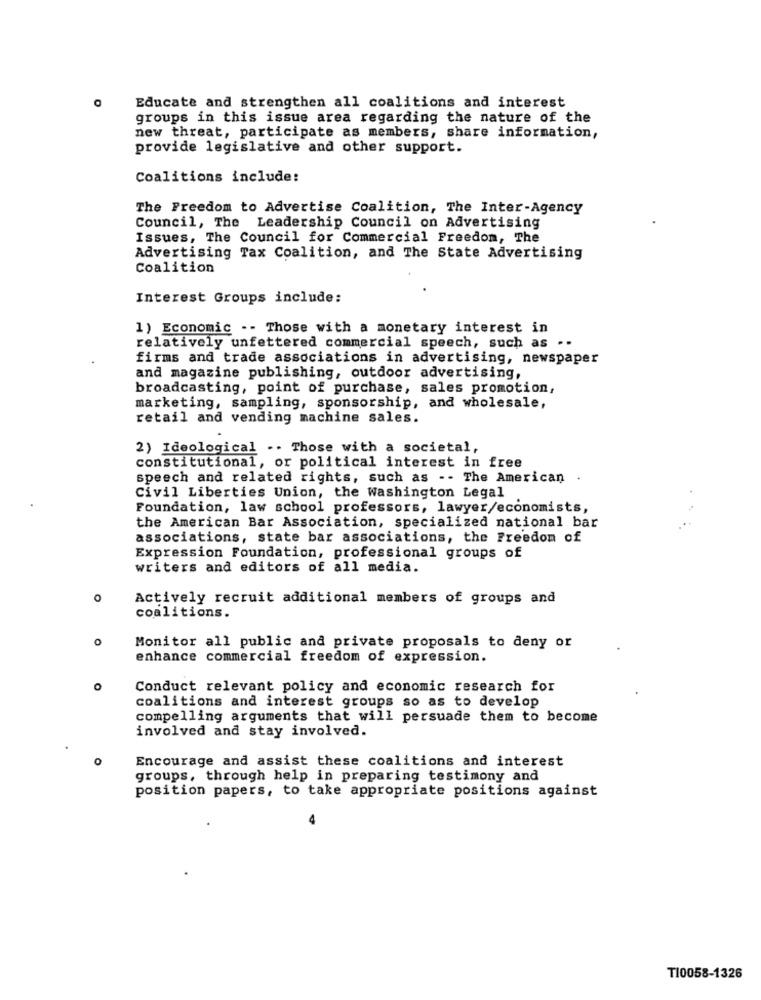
O
Educate and strengthen all coalitions and interest
groups in this issue area regarding the nature of the
new threat, participate as members, share information,
provide legislative and other support.
Coalitions include:
The Freedom to Advertise Coalition, The Inter-Agency
Council, The Leadership Council on Advertising
Issues, The Council for Commercial Freedom, The
Advertising Tax Coalition, and The State Advertising
Coalition
Interest Groups include:
1) Economic -- Those with a monetary interest in
relatively unfettered commercial speech, such as ..
firms and trade associations in advertising, newspaper
and magazine publishing, outdoor advertising,
broadcasting, point of purchase, sales promotion,
marketing, sampling, sponsorship, and wholesale,
retail and vending machine sales.
2) Ideological -. Those with a societal,
constitutional, or political interest in free
speech and related rights, such as -- The American .
Civil Liberties Union, the Washington Legal
Foundation, law school professors, lawyer/economists,
the American Bar Association, specialized national bar
associations, state bar associations, the Freedom of
Expression Foundation, professional groups of
writers and editors of all media.
0
Actively recruit additional members of groups and
coalitions.
o
Monitor all public and private proposals to deny or
enhance commercial freedom of expression.
o
Conduct relevant policy and economic research for
coalitions and interest groups so as to develop
compelling arguments that will persuade them to become
involved and stay involved.
O
Encourage and assist these coalitions and interest
groups, through help in preparing testimony and
position papers, to take appropriate positions against
T10058-1326